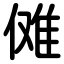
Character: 傩